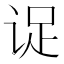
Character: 𬣹